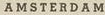
AMSTERDAM